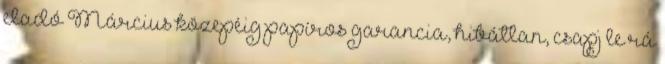
eladó Március közepéig papíros garancia, hibátlan, csapj le rá